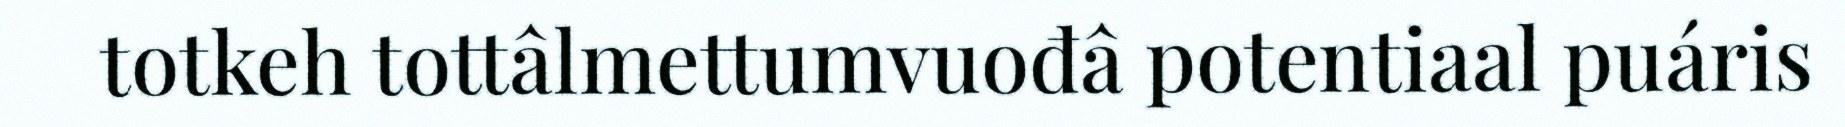
totkeh tottâlmettumvuođâ potentiaal puáris